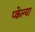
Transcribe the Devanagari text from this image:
प्केल्या